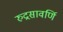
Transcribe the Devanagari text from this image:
रुद्रसावर्णि